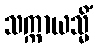
သက္ကာယသ္မိံ